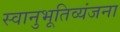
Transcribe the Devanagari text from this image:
स्वानुभूतिव्यंजना